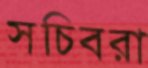
সচিবরা